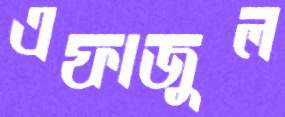
এফাজুল